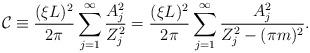
LaTeX: \begin{align*}\mathcal{C} \equiv \frac{(\xi L)^2}{2\pi} \sum_{j=1}^{\infty}\frac{A_j^2}{Z_j^2}=\frac{(\xi L)^2}{2\pi} \sum_{j=1}^{\infty}\frac{A_j^2}{Z_j^2-(\pi m)^2}.\end{align*}